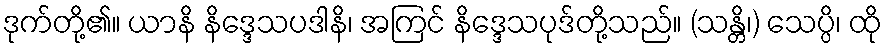
ဒုက်တို့၏။ ယာနိ နိဒ္ဒေသပဒါနိ၊ အကြင် နိဒ္ဒေသပုဒ်တို့သည်။ (သန္တိ၊) သေပ္ပိ၊ ထို